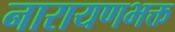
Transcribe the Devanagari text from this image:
नारायणभक्त